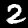
Digit: 2